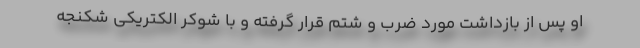
او پس از بازداشت مورد ضرب و شتم قرار گرفته و با شوکر الکتریکی شکنجه